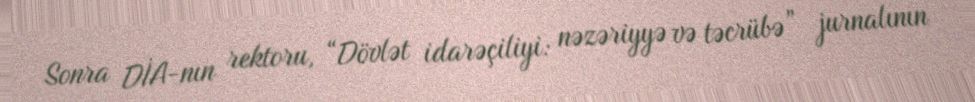
Sonra DİA-nın rektoru, “Dövlət idarəçiliyi: nəzəriyyə və təcrübə” jurnalının